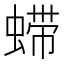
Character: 䗖